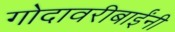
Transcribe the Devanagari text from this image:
गोदावरीबाईंनी